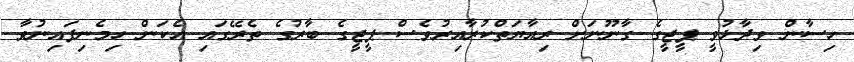
ހިސާން ވިދާޅުވީ ޕީޖީގެ ގާނޫނަށް ރިއާޔަތްކުރާއިރުވެސް ޕީޖީގެ ބާރުގެ ތެރޭގައި އެކަން ހިމެނިފައިނުވާ